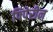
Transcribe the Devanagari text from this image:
पिपेरीन